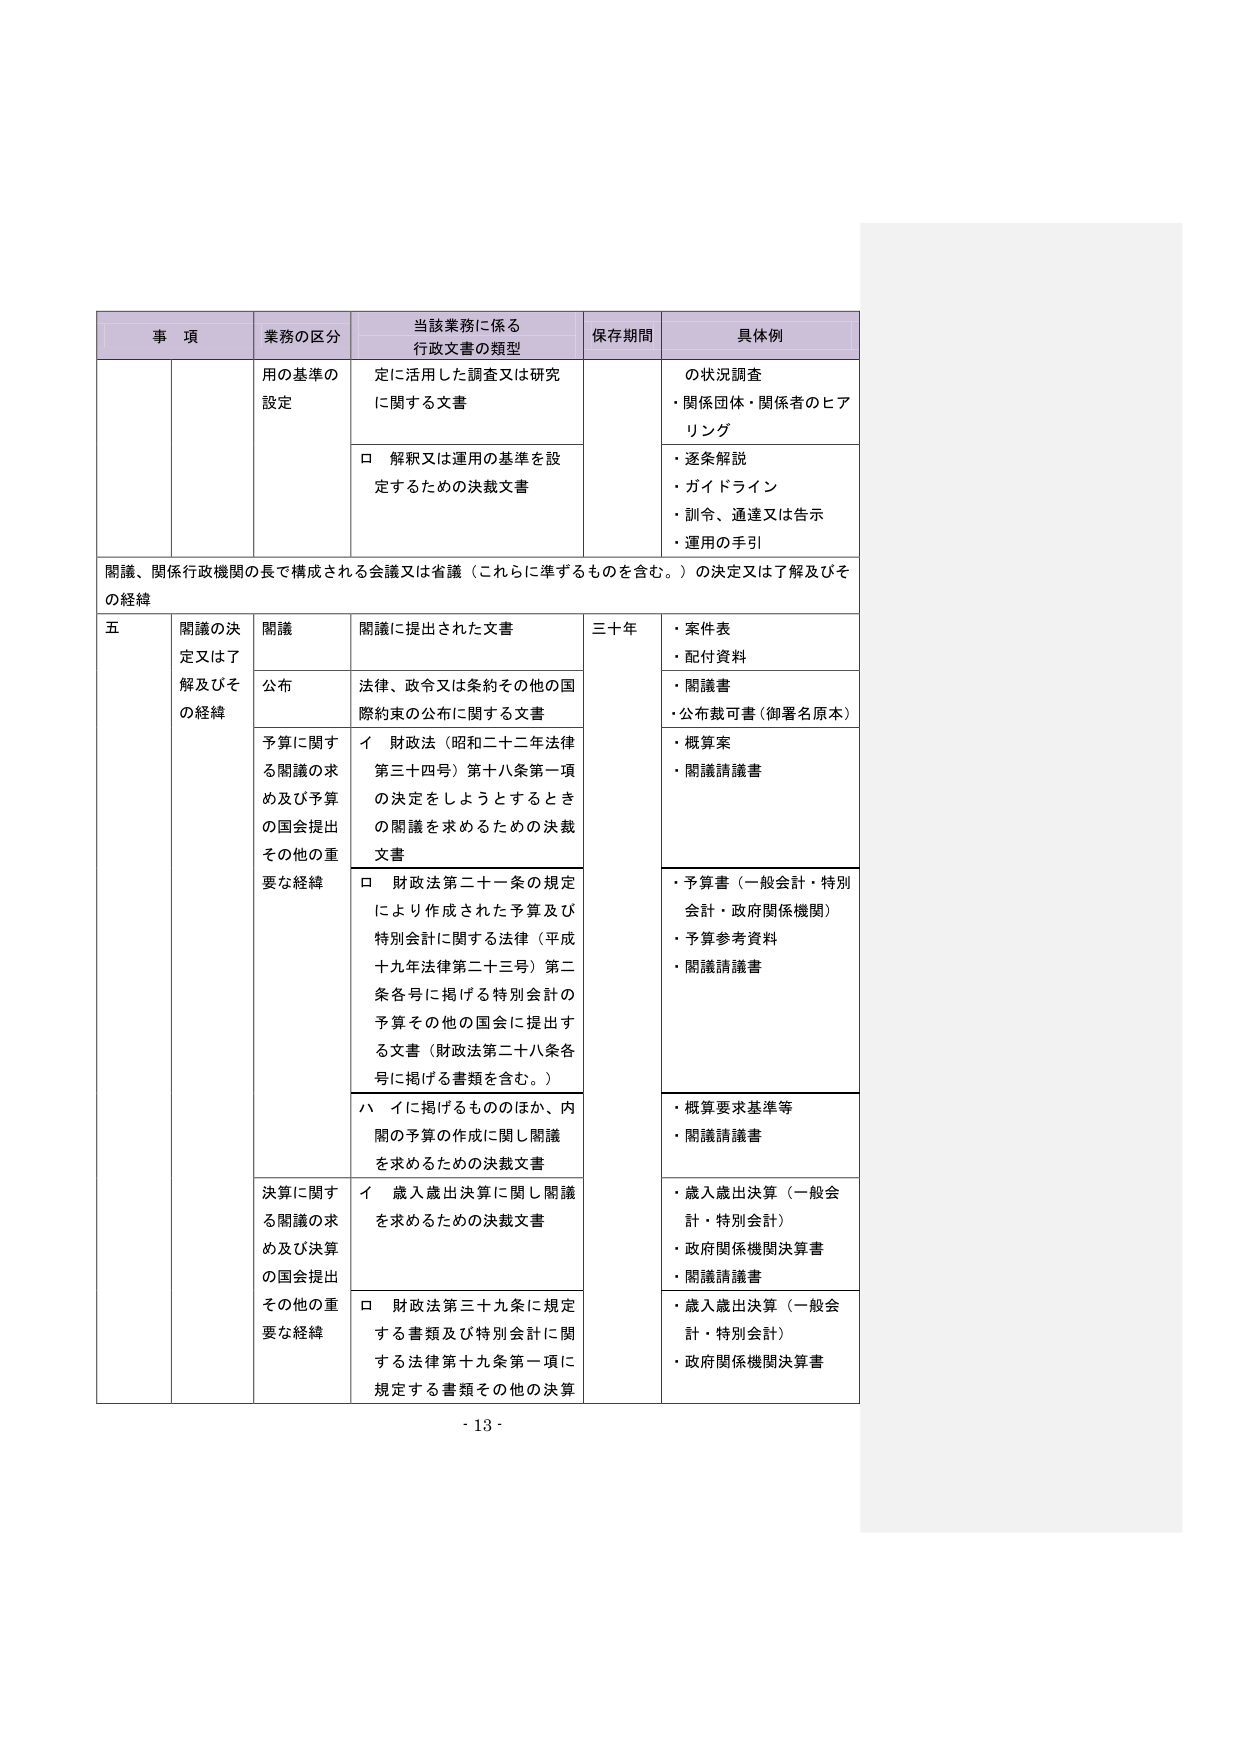
事 項 業務の区分 当該業務に係る 行政文書の類型 保存期間 具体例 用の基準の 設定 定に活用した調査又は研究 に関する文書 の状況調査 ・関係団体・関係者のヒア リング □ 解釈又は運用の基準を設 定するための決裁文書 ・逐条解説 ・ガイドライン ・訓令、通達又は告示 ・運用の手引 関議、関係行政機関の長で構成される会議又は省議（これらに準ずるものを含む。）の決定又は了解及びそ の経緯 五 関議の決 定又は了 解及びそ の経緯 関議 関議に提出された文書 三十年 ・案件表 ・配付資料 公布 法律、政令又は条約その他の国 際約束の公布に関する文書 ・関議書 ・公布裁可書（御署名原本） 予算に関する関議の求め及び予算 の国会提出 その他の重要な経緯 イ 財政法（昭和二十二年法律 第三十四号）第十八条第一項 の決定をしようとするとき の関議を求めるための決裁 文書 ・概算案 ・関議請議書 □ 財政法第二十一条の規定 により作成された予算及び 特別会計に関する法律（平成 十九年法律第二十三号）第二 条各号に掲げる特別会計の 予算その他の国会に提出す る文書（財政法第二十八条各 号に掲げる書類を含む。） ・予算書（一般会計・特別 会計・政府関係機関） ・予算参考資料 ・関議請議書 ハ イに掲げるもののほか、内 閣の予算の作成に関し関議 を求めるための決裁文書 ・概算要求基準等 ・関議請議書 決算に関する関議の求め及び決算 の国会提出 その他の重要な経緯 イ 歳入歳出決算に関し関議 を求めるための決裁文書 ・歳入歳出決算（一般会 計・特別会計） ・政府関係機関決算書 ・関議請議書 □ 財政法第三十九条に規定 する書類及び特別会計に関 する法律第十九条第一項に 規定する書類その他の決算 ・歳入歳出決算（一般会 計・特別会計） ・政府関係機関決算書 - 13 -